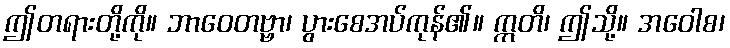
ဤတရားတို့ကို။ ဘာဝေတဗ္ဗာ၊ ပွားစေအပ်ကုန်၏။ ဣတိ၊ ဤသို့။ အဝေါစ၊